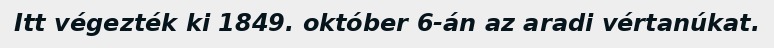
Itt végezték ki 1849. október 6-án az aradi vértanúkat.